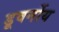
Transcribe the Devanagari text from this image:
डूवर्नोय